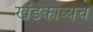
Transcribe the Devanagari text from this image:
खंडकाव्यच